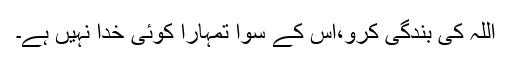
اللہ کی بندگی کرو،اس کے سوا تمہارا کوئی خدا نہیں ہے۔